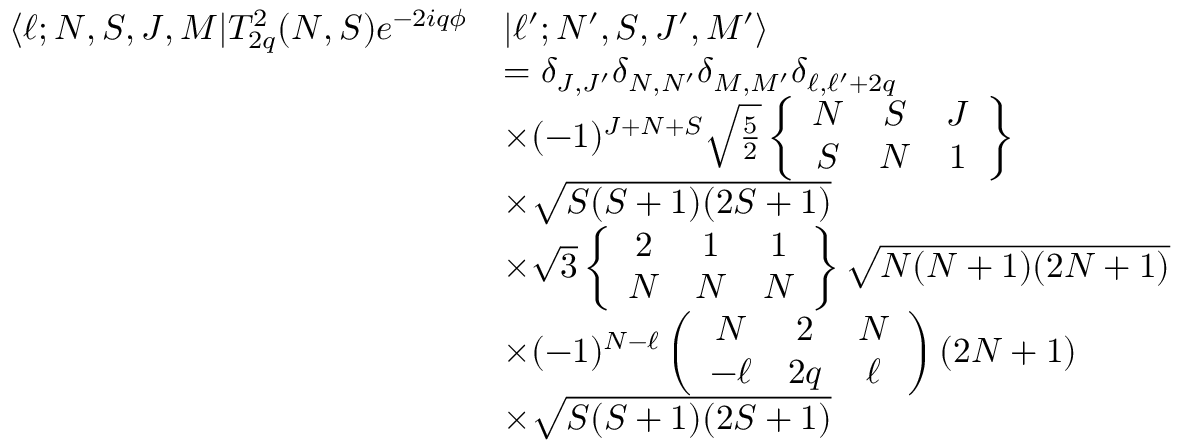
\begin{array} { r l } { \langle \ell ; N , S , J , M | T _ { 2 q } ^ { 2 } ( N , S ) e ^ { - 2 i q \phi } } & { | \ell ^ { \prime } ; N ^ { \prime } , S , J ^ { \prime } , M ^ { \prime } \rangle } \\ & { = \delta _ { J , J ^ { \prime } } \delta _ { N , N ^ { \prime } } \delta _ { M , M ^ { \prime } } \delta _ { \ell , \ell ^ { \prime } + 2 q } } \\ & { \times ( - 1 ) ^ { J + N + S } \sqrt { \frac { 5 } { 2 } } \left\{ \begin{array} { c c c } { N } & { S } & { J } \\ { S } & { N } & { 1 } \end{array} \right\} } \\ & { \times \sqrt { S ( S + 1 ) ( 2 S + 1 ) } } \\ & { \times \sqrt { 3 } \left\{ \begin{array} { c c c } { 2 } & { 1 } & { 1 } \\ { N } & { N } & { N } \end{array} \right\} \sqrt { N ( N + 1 ) ( 2 N + 1 ) } } \\ & { \times ( - 1 ) ^ { N - \ell } \left( \begin{array} { c c c } { N } & { 2 } & { N } \\ { - \ell } & { 2 q } & { \ell } \end{array} \right) ( 2 N + 1 ) } \\ & { \times \sqrt { S ( S + 1 ) ( 2 S + 1 ) } } \end{array}